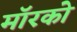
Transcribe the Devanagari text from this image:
मॉरको